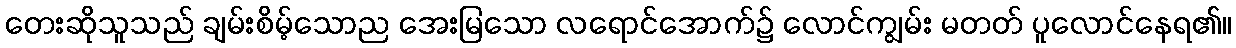
တေးဆိုသူသည် ချမ်းစိမ့်သောည အေးမြသော လရောင်အောက်၌ လောင်ကျွမ်း မတတ် ပူလောင်နေရ၏။